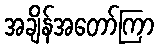
အချိန်အတော်ကြာ